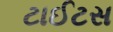
ટાઈટસ